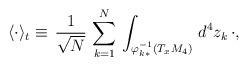
LaTeX: \begin{align*} \langle \cdot \rangle_t \equiv \, \frac{1}{\sqrt{N}}\,\sum^N_{k=1}\,\int_{\varphi^{-1}_{k*}(T_xM_4)} \,d^4z_k\, \cdot, \end{align*}